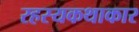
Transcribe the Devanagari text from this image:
रहस्यकथाकार